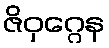
ဇိဝှဂ္ဂေန